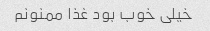
خیلی خوب بود غذا ممنونم